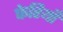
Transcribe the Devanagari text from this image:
फेरियाँ